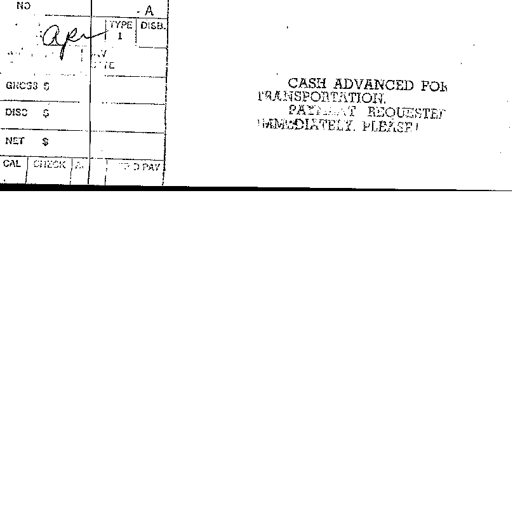
NO
A
apr TYPE 1 DISB.
GROSS $
DISC $
CASH ADVANCED FOR TRANSPORTATION. PAYMENT REQUESTED IMMEDIATELY. PLEASE!
NET $
CAL CHECK A. TO PAY